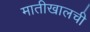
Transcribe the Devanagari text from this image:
मातीखालची